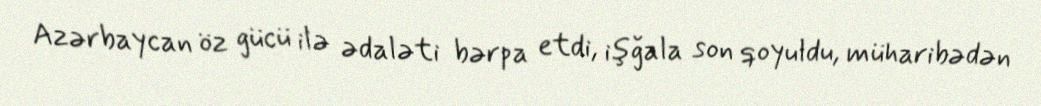
Azərbaycan öz gücü ilə ədaləti bərpa etdi, işğala son qoyuldu, müharibədən